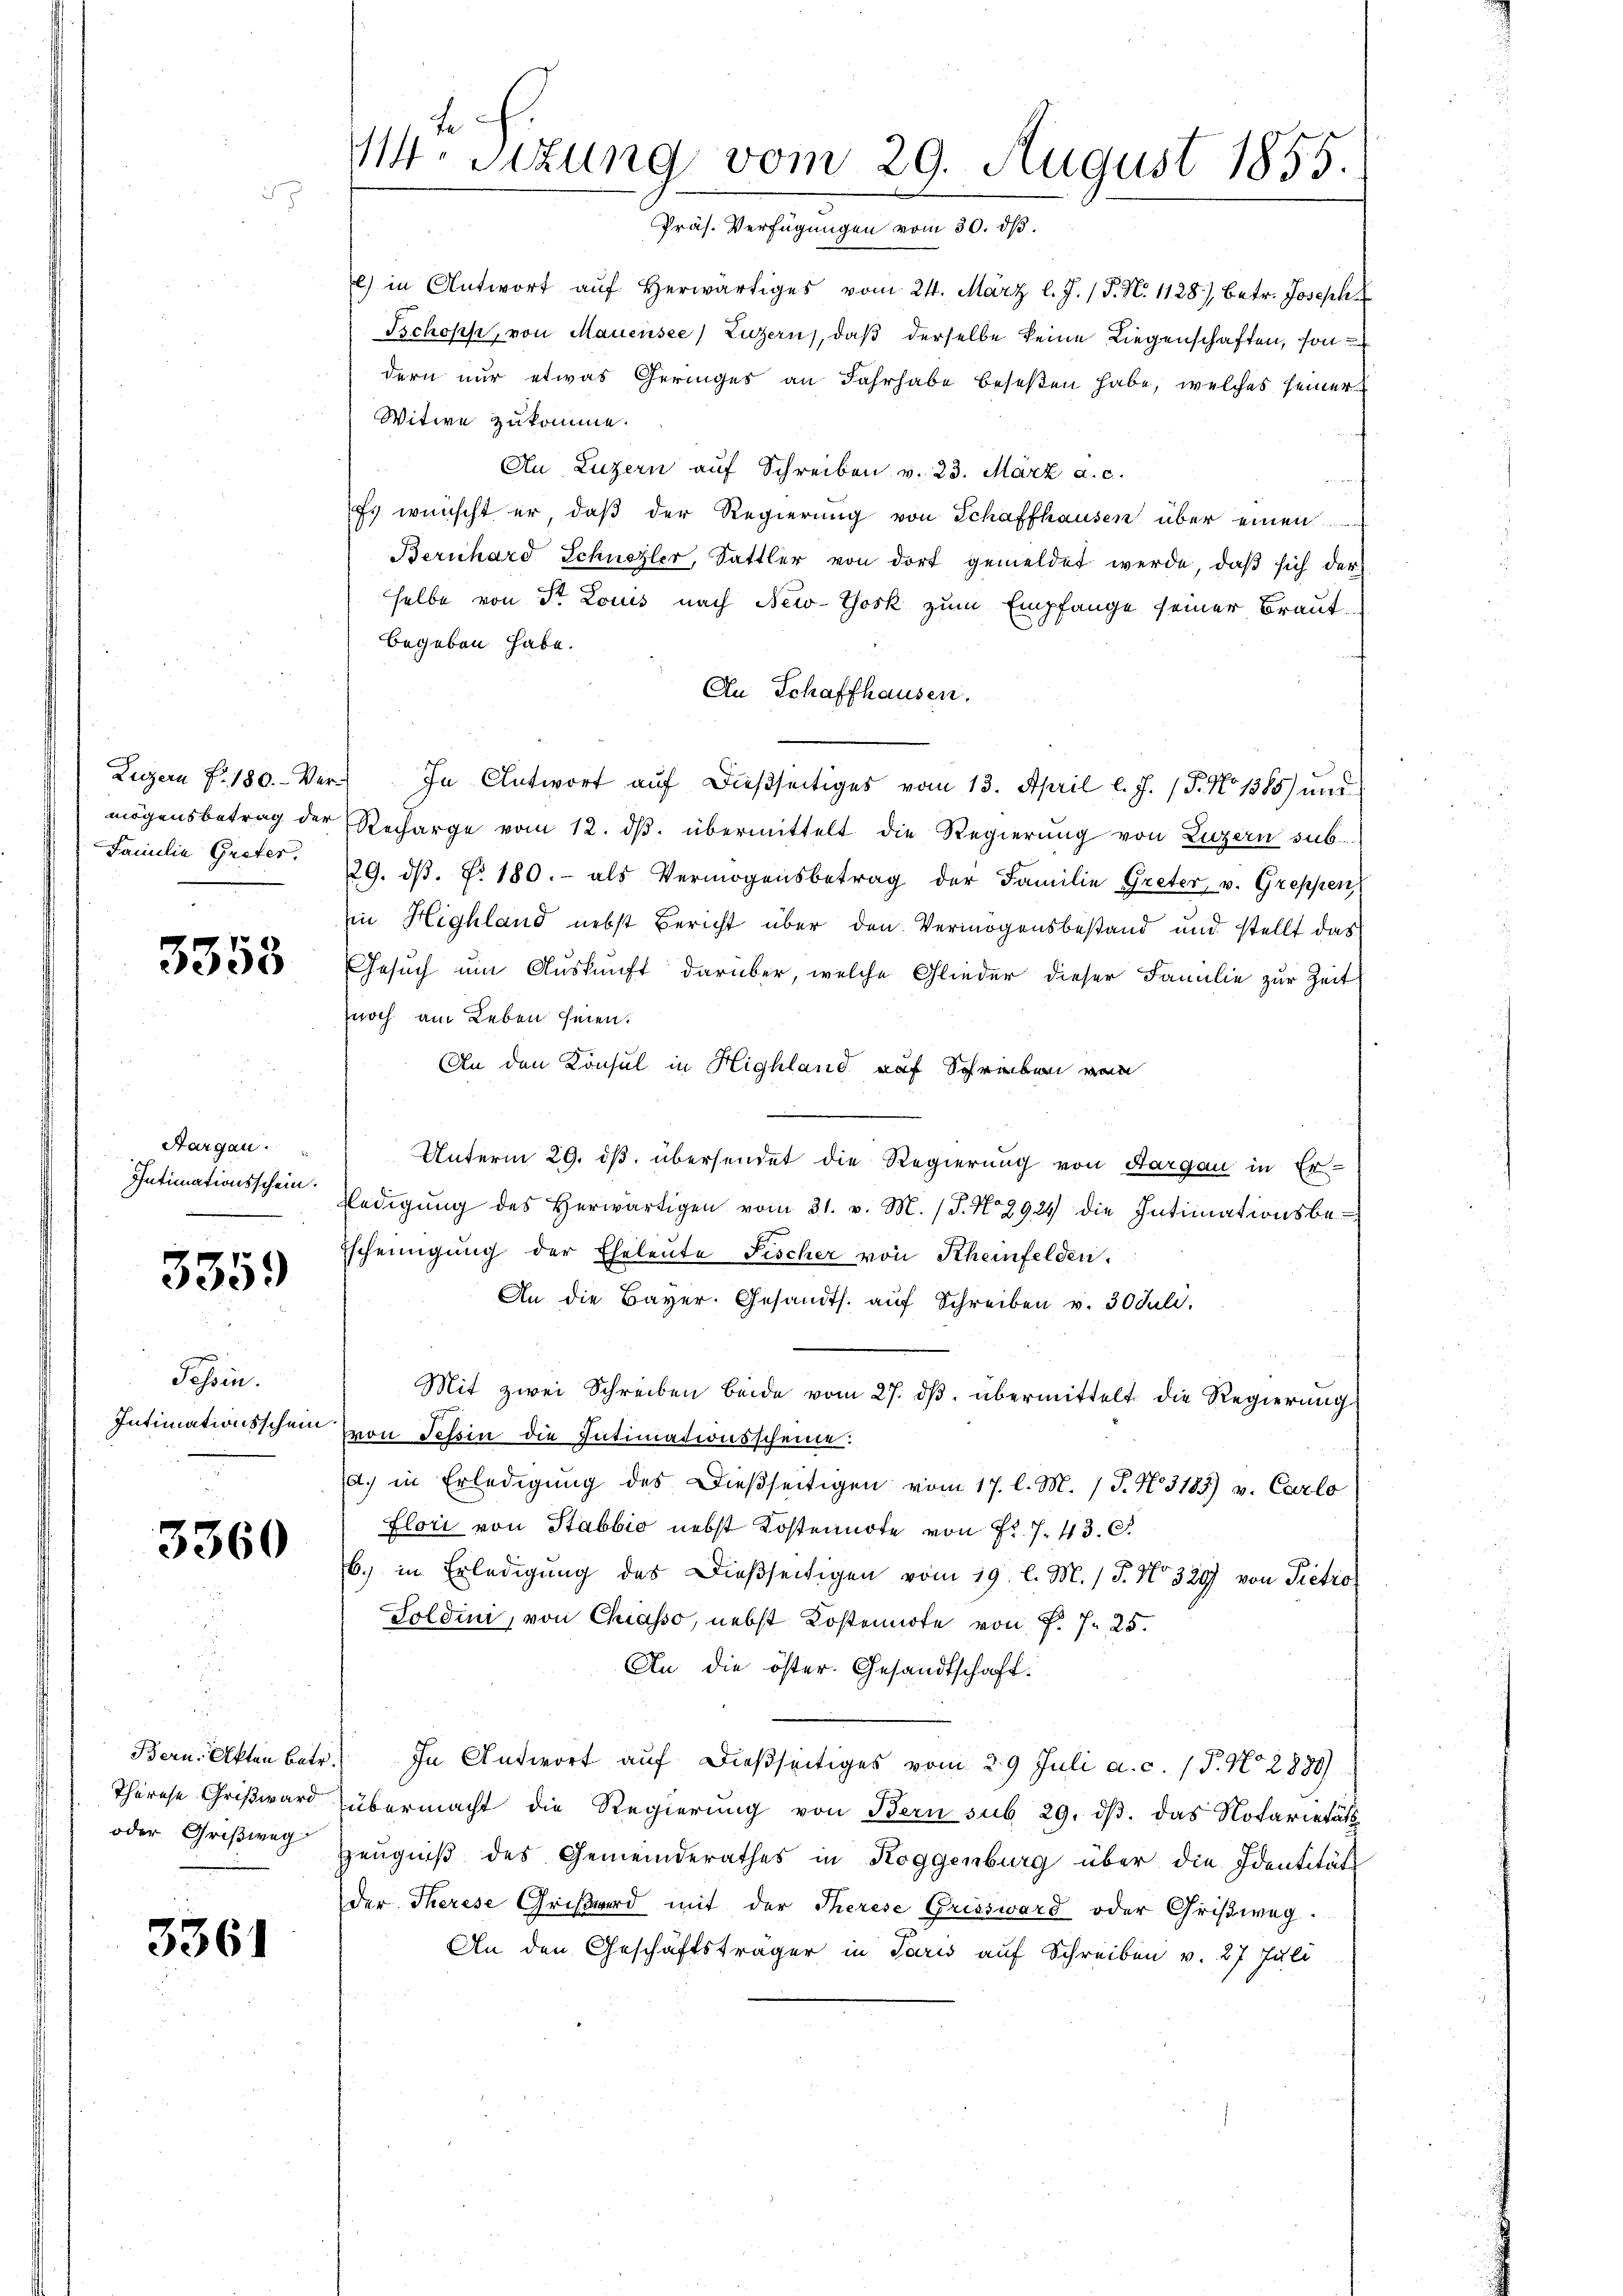
Luzern fr. 180. Vermögensbetrag der
Familie Greter,

3358

Aargau.
Intimationsschein.

3359

Tessin.
Intimationsschein

3360

Bern, Akten Betr.
Therese Grißward
oder Grißweg

3361

te
M. Sizung vom 29. August 1855.
Präs. Verfügungen vom 30. dβ.

Witwe zukomme.

) in Antwort aŭf herwärtiges vom 24. März l. J. J. N. 1128) betr. Joseph
Ischoph, von Mauensee, Luzern, daß derselbe keine Liegenschaften, sondern nur etwas Geringes an Fahrhabe beseßen habe, welches seiner
An Luzern aŭf Schreiben v. 23. März a. c.
Es wünscht er, daß der Regierung von Schaffhausen über einen
Bernhard Schnezler, Sattler von dort gemeldet werde, daß sich der
selbe von Sr. Louis nach New-York zum Empfange seiner Brautbegeben habe.
An Schaffhausen.
In Antwort auf dießseitiges vom 13. April l. J. (T. No 1385) und
Recharge vom 12. ds. übermittelt die Regierung von Luzern sub-
29. dβ. N. 180.- als Vermögensbetrag der Familie Greter v. Greppen
Ein Highland nebst Bericht über den Vermögensbestand und stellt das
Gesuch um Auskunft darüber, welche Glieder dieser Familie zur Zeit
noch am Leben seien.
An den Konsul in Highland auf Schrieben vom
Unterm 29. ds. übersendet die Regierung von Aargau in Er-
ledigŭng des herwärtigen vom 31. v. M. (T. No 2924 die Intimationsbe-
scheinigŭng der Eheleute Fischer von Rheinfelden.
An die Bayer. Gesandts. aŭf Schreiben v. 30 Juli.
Mit zwei Schreiben beide vom 27. dβ übermittelt die Regierung
von Tessin die Intimationsscheine.
d. in Erledigung des Dießseitigen vom 17. l. M. / P. N. 3183) u. Carlo
Flori von Stabbić nebst Kostennote von Fr. 7. 43. 6.
b. in Erledigung des Dießseitigen vom 19. l. M. / P. No 329 von Pietro
Goldini, von Chiasso, nebst Kostennote von P. 7. 25.
An die öster. Gesandtschaft.
In Antwort auf dießseitiges vom 29. Juli a. c. / P. N. 2880)
übermacht die Regierŭng von Bern sub 29. dβ das Notarietät
Zeugniß des Gemeinderathes in Roggenburg über die Identitäts-
der Therese Grißwird mit der Therese Griesward oder Grisweg.
An den Geschäftsträger in Paris auf Schreiben v. 27. Juli